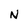
Character: n